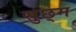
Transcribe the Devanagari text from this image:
सुछ्म